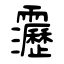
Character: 靋